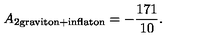
A _ { 2 \mathrm { g r a v i t o n } + \mathrm { i n f l a t o n } } = - { \frac { 1 7 1 } { 1 0 } } .